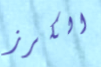
الكرز